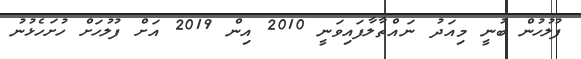
ފުލުހުން ބުނީ މިއަދު ނައްތާލާފައިވަނީ 2010 އިން 2019 އަށް ފުލުހަށް ހުށަހެޅުނު